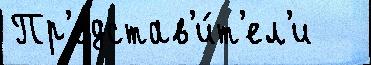
Пр'едстав'и́т'ел'и